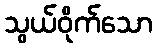
သွယ်ဝိုက်သော